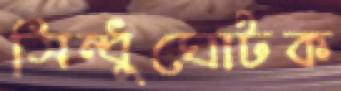
সিন্ধুঘোটক